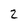
Character: 2